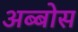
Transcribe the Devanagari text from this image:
अब्बोस